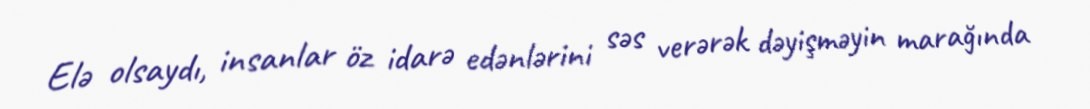
Elə olsaydı, insanlar öz idarə edənlərini səs verərək dəyişməyin marağında